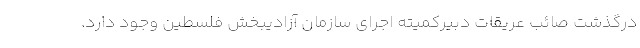
درگذشت صائب عریقات دبیرکمیته اجرای سازمان آزادیبخش فلسطین وجود دارد.